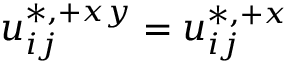
u _ { i j } ^ { \ast , + x y } = u _ { i j } ^ { \ast , + x }